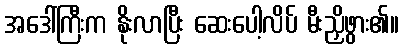
အဒေါ်ကြီးက နိုးလာပြီး ဆေးပေါ့လိပ် မီးညှိဖွား၏။